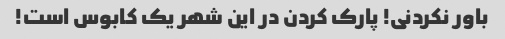
باور نکردنی! پارک کردن در این شهر یک کابوس است!